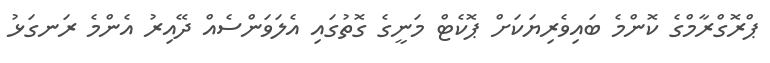
ޕްރޮގްރާމްގެ ކޮންމެ ބައިވެރިޔަކަށް ޕޮކެޓް މަނީގެ ގޮތުގައި އެލަވަންސެއް ދޭއިރު އެންމެ ރަނގަޅު